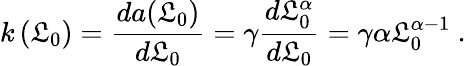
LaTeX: k\left(\mathfrak{L}_{0}\right)=\frac{{da(\mathfrak{L}_{0})}}{{d\mathfrak{L}_{0}}}=\gamma\frac{{d\mathfrak{L}_{0}^{\alpha}}}{{d\mathfrak{L}_{0}}}=\gamma\alpha\mathfrak{L}_{0}^{\alpha-1}\ .